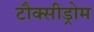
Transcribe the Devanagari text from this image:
टौक्सीड्रोम